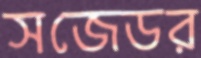
সজেডর